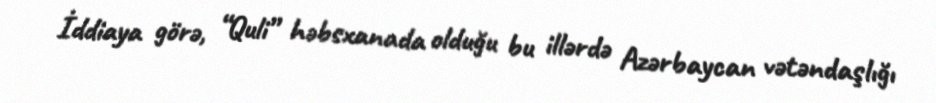
İddiaya görə, “Quli” həbsxanada olduğu bu illərdə Azərbaycan vətəndaşlığı